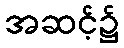
အဆင့်၌